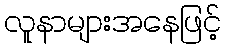
လူနာများအနေဖြင့်